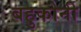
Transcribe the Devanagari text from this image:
बहुकोनी